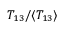
T _ { 1 3 } / \langle { T _ { 1 3 } } \rangle { }